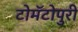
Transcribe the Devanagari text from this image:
टोमॅटोपुरी